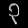
Digit: ၃